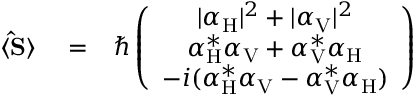
\begin{array} { r l r } { \langle { \bf \hat { S } } \rangle } & { { } = } & { \hbar \left( \begin{array} { c } { | \alpha _ { \mathrm { H } } | ^ { 2 } + | \alpha _ { \mathrm { V } } | ^ { 2 } } \\ { \alpha _ { \mathrm { H } } ^ { * } \alpha _ { \mathrm { V } } + \alpha _ { \mathrm { V } } ^ { * } \alpha _ { \mathrm { H } } } \\ { - i ( \alpha _ { \mathrm { H } } ^ { * } \alpha _ { \mathrm { V } } - \alpha _ { \mathrm { V } } ^ { * } \alpha _ { \mathrm { H } } ) } \end{array} \right) } \end{array}